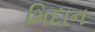
મિદાન